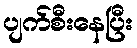
ပျက်စီးနေပြီး